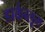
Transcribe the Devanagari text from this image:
डार्कब्लूम